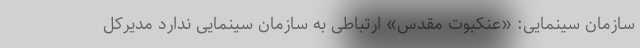
سازمان سینمایی: «عنکبوت مقدس» ارتباطی به سازمان سینمایی ندارد مدیرکل